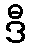
ဒီ